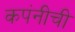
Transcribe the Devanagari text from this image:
कपंनीची